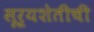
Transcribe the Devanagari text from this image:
सूर्यशेतीची